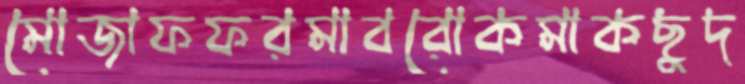
মোজাফফরমাবরোকমাকছুদ